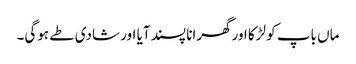
ماں باپ کو لڑکا اورگھرانا پسند آیا اور شادی طے ہوگی۔